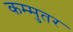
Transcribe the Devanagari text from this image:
कम्मुतर